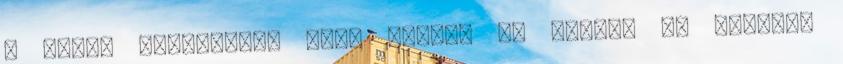
a helye állították róla edzői. Az elmúlt év második